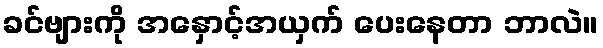
ခင်ဗျားကို အနှောင့်အယှက် ပေးနေတာ ဘာလဲ။